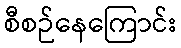
စီစဉ်နေကြောင်း